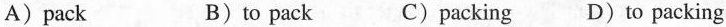
A)pack B)to pack C)packing D)to packing